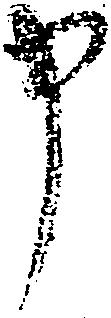
申